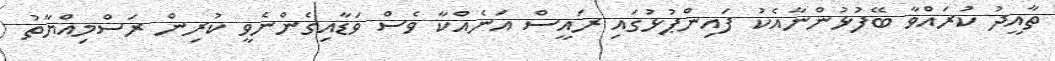
ތާއީދު ކުރައްވާ ބޭފުޅުންނާއެކު ފައިންޕުޅުގައި ރައީސް އަނެއްކާ ވެސް ވަޑާއިގެންނެވީ ކުރިން ރަސްމިއްޔާތު